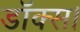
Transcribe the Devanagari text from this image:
डॉक्स।